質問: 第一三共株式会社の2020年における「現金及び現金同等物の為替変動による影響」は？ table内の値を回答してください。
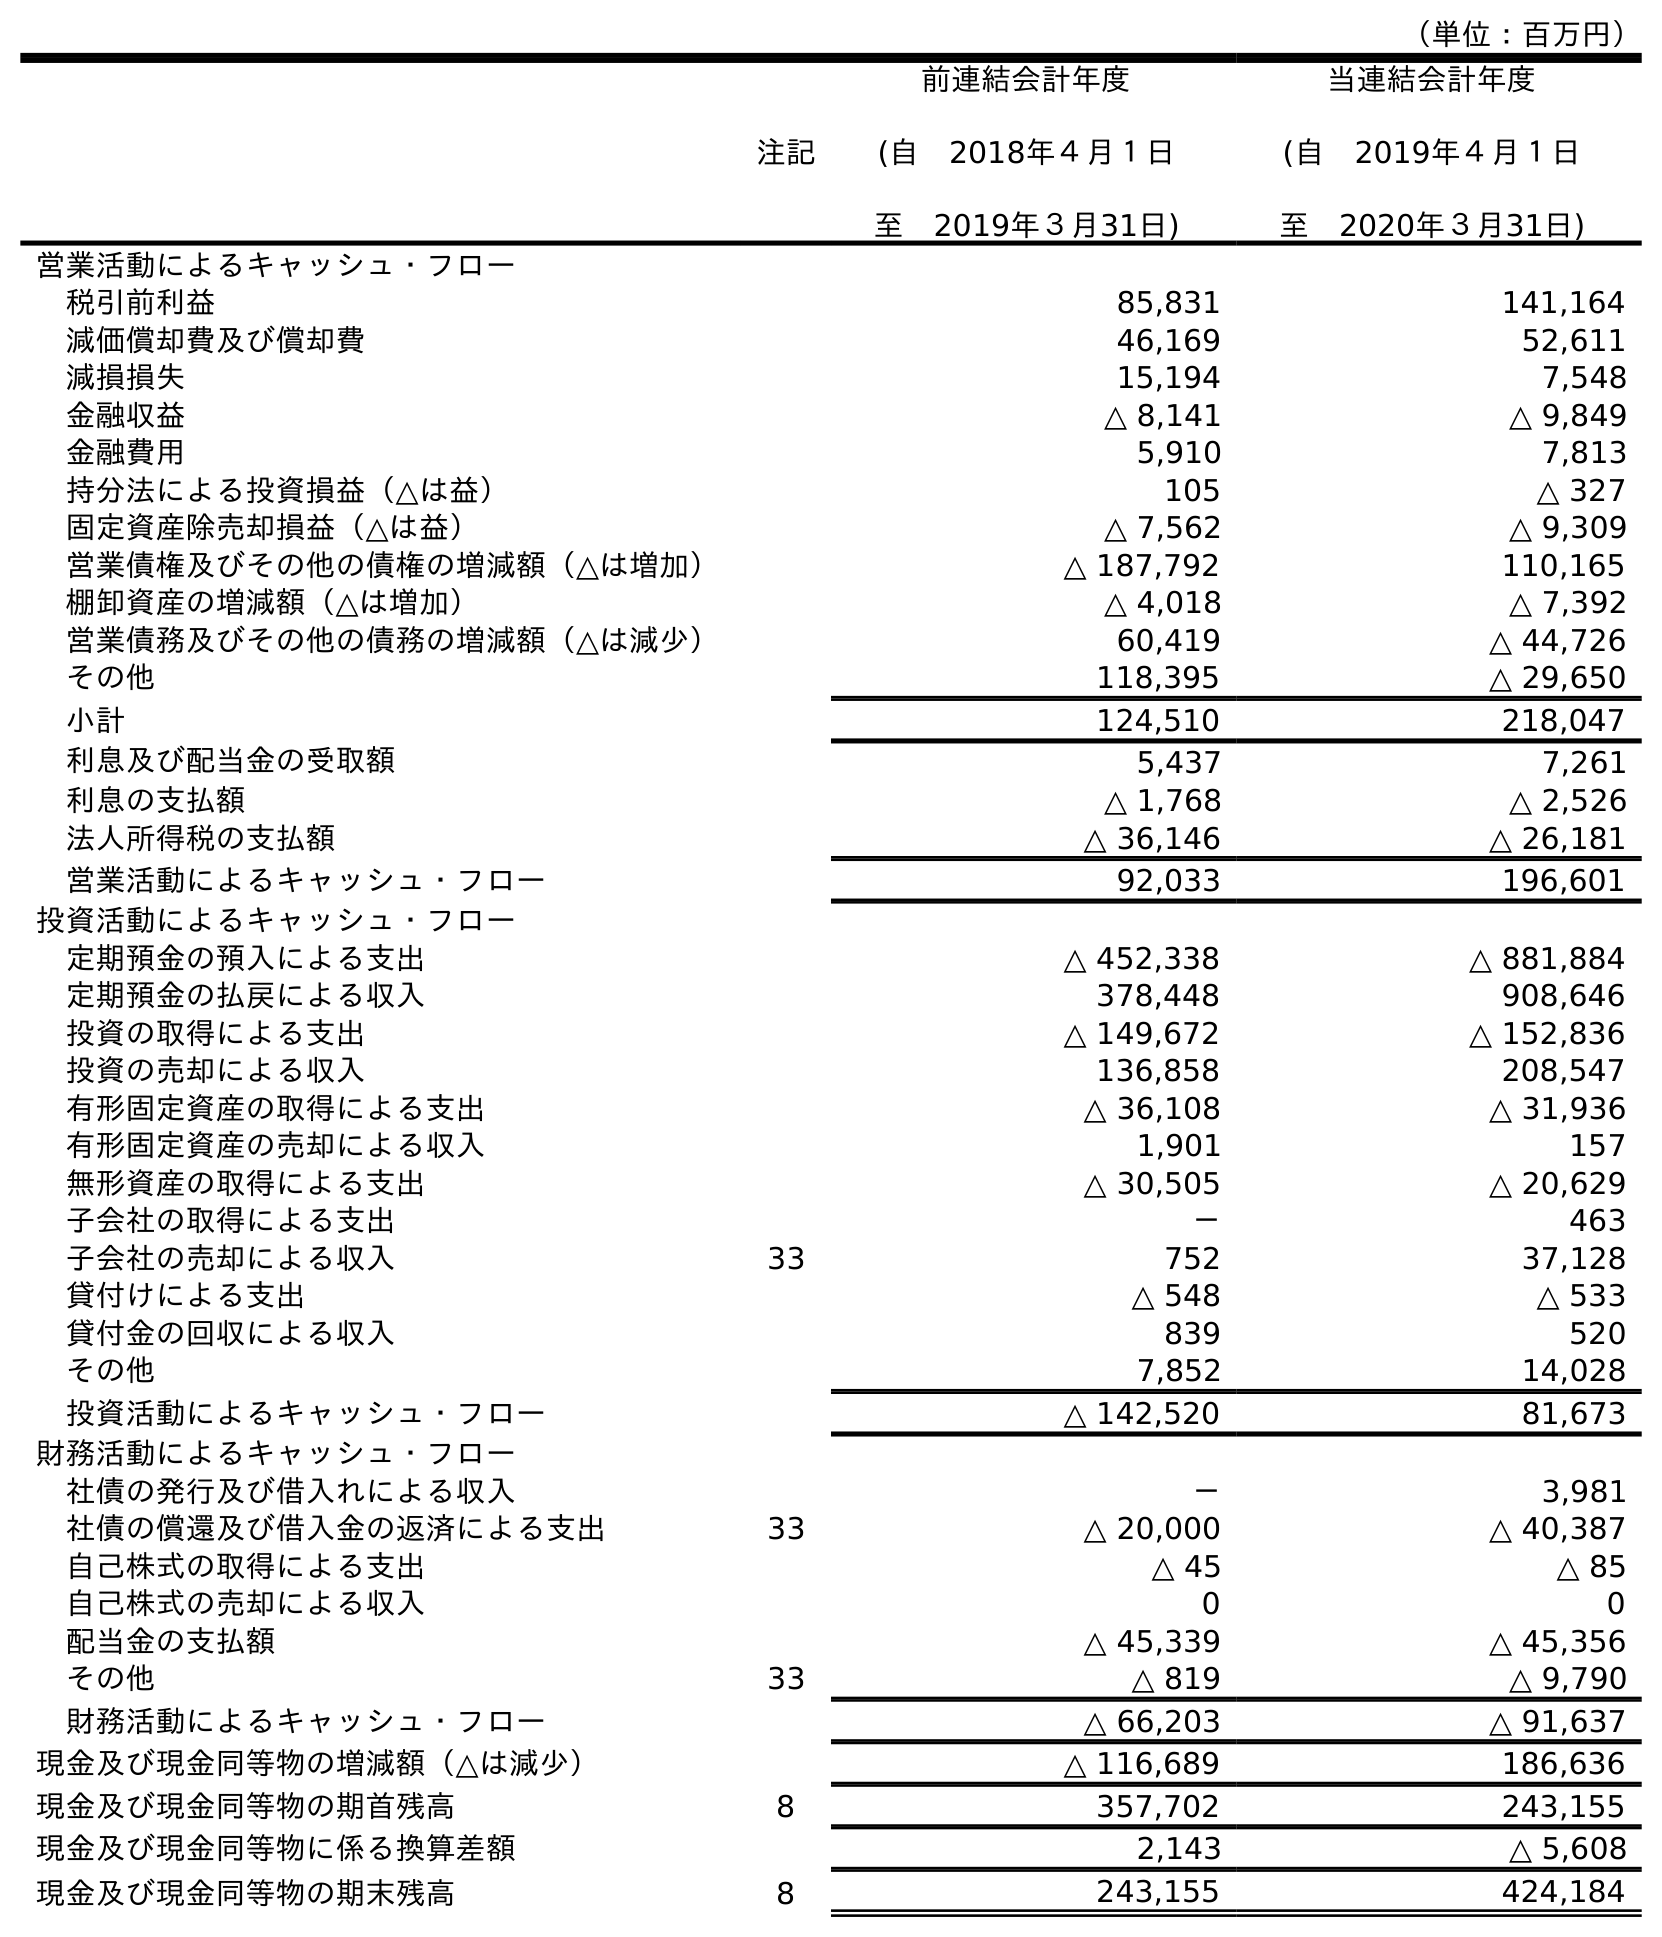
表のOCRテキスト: （単位：百万円） 注記 前連結会計年度 (自 2018年４月１日 至 2019年３月31日) 当連結会計年度 (自 2019年４月１日 至 2020年３月31日) 営業活動によるキャッシュ・フロー 税引前利益 85,831 141,164 減価償却費及び償却費 46,169 52,611 減損損失 15,194 7,548 金融収益 △ 8,141 △ 9,849 金融費用 5,910 7,813 持分法による投資損益（△は益） 105 △ 327 固定資産除売却損益（△は益） △ 7,562 △ 9,309 営業債権及びその他の債権の増減額（△は増加） △ 187,792 110,165 棚卸資産の増減額（△は増加） △ 4,018 △ 7,392 営業債務及びその他の債務の増減額（△は減少） 60,419 △ 44,726 その他 118,395 △ 29,650 小計 124,510 218,047 利息及び配当金の受取額 5,437 7,261 利息の支払額 △ 1,768 △ 2,526 法人所得税の支払額 △ 36,146 △ 26,181 営業活動によるキャッシュ・フロー 92,033 196,601 投資活動によるキャッシュ・フロー 定期預金の預入による支出 △ 452,338 △ 881,884 定期預金の払戻による収入 378,448 908,646 投資の取得による支出 △ 149,672 △ 152,836 投資の売却による収入 136,858 208,547 有形固定資産の取得による支出 △ 36,108 △ 31,936 有形固定資産の売却による収入 1,901 157 無形資産の取得による支出 △ 30,505 △ 20,629 子会社の取得による支出 － 463 子会社の売却による収入 33 752 37,128 貸付けによる支出 △ 548 △ 533 貸付金の回収による収入 839 520 その他 7,852 14,028 投資活動によるキャッシュ・フロー △ 142,520 81,673 財務活動によるキャッシュ・フロー 社債の発行及び借入れによる収入 － 3,981 社債の償還及び借入金の返済による支出 33 △ 20,000 △ 40,387 自己株式の取得による支出 △ 45 △ 85 自己株式の売却による収入 0 0 配当金の支払額 △ 45,339 △ 45,356 その他 33 △ 819 △ 9,790 財務活動によるキャッシュ・フロー △ 66,203 △ 91,637 現金及び現金同等物の増減額（△は減少） △ 116,689 186,636 現金及び現金同等物の期首残高 8 357,702 243,155 現金及び現金同等物に係る換算差額 2,143 △ 5,608 現金及び現金同等物の期末残高 8 243,155 424,184
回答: △5,608